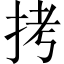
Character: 拷